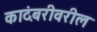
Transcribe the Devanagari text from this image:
कादंबरीवरील